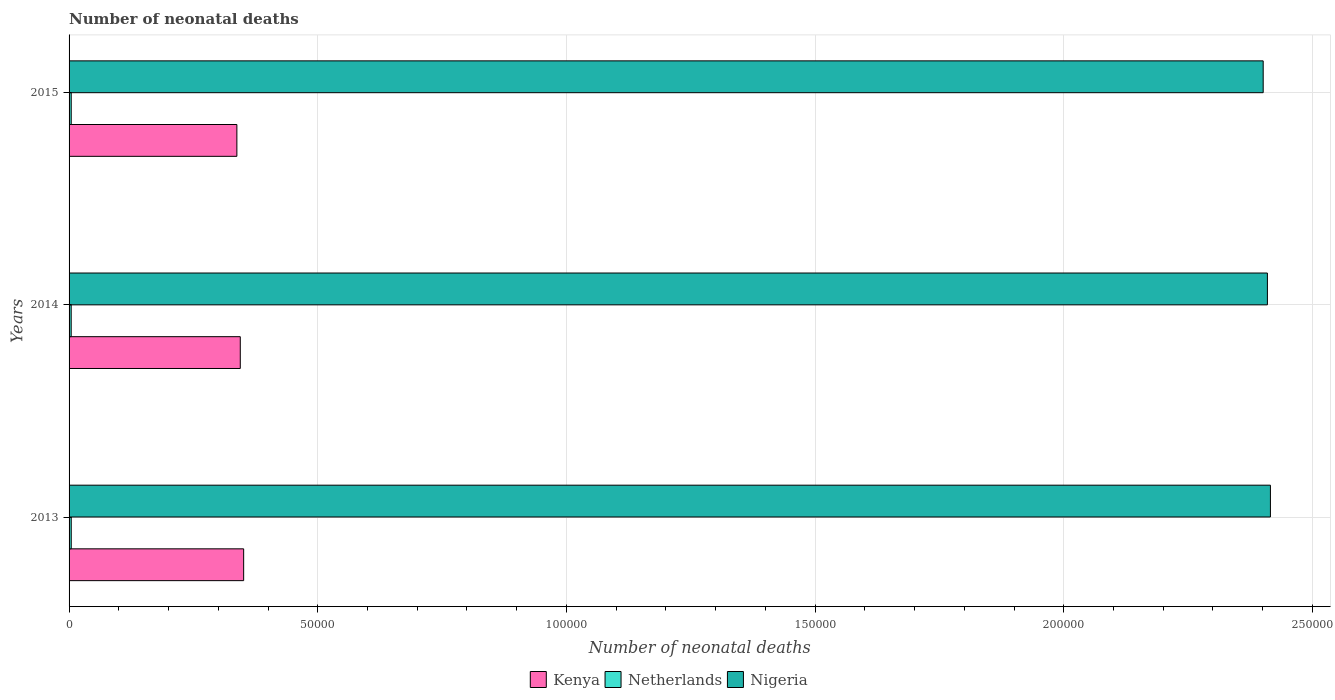
| Years | Kenya | Netherlands | Nigeria |
 | --- | --- | --- | --- |
 | 2013 | 3.51e+04 | 435 | 2.42e+05 |
 | 2014 | 3.44e+04 | 426 | 2.41e+05 |
 | 2015 | 3.37e+04 | 432 | 2.4e+05 |